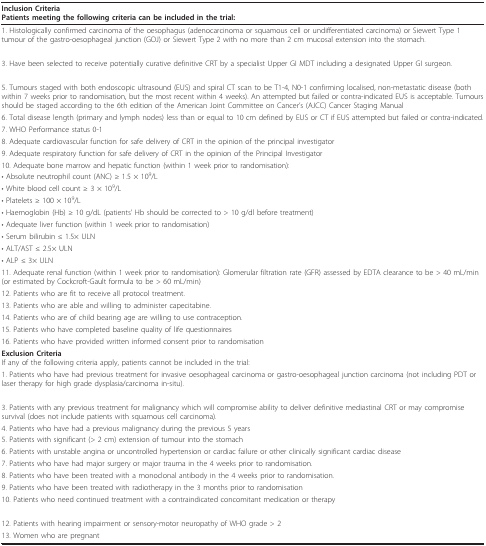
<table><thead><tr><td><b>Inclusion CriteriaPatients meeting the following criteria can be included in the trial:</b></td></tr></thead><tbody><tr><td>1. Histologically confirmed carcinoma of the oesophagus (adenocarcinoma or squamous cell or undifferentiated carcinoma) or Siewert Type 1 tumour of the gastro-oesophageal junction (GOJ) or Siewert Type 2 with no more than 2 cm mucosal extension into the stomach.</td></tr><tr><td>[EMPTY_CELL]</td></tr><tr><td>3. Have been selected to receive potentially curative definitive CRT by a specialist Upper GI MDT including a designated Upper GI surgeon.</td></tr><tr><td>[EMPTY_CELL]</td></tr><tr><td>5. Tumours staged with both endoscopic ultrasound (EUS) and spiral CT scan to be T1-4, N0-1 confirming localised, non-metastatic disease (both within 7 weeks prior to randomisation, but the most recent within 4 weeks). An attempted but failed or contra-indicated EUS is acceptable. Tumours should be staged according to the 6th edition of the American Joint Committee on Cancer's (AJCC) Cancer Staging Manual</td></tr><tr><td>6. Total disease length (primary and lymph nodes) less than or equal to 10 cm defined by EUS or CT if EUS attempted but failed or contra-indicated.</td></tr><tr><td>7. WHO Performance status 0-1</td></tr><tr><td>8. Adequate cardiovascular function for safe delivery of CRT in the opinion of the principal investigator</td></tr><tr><td>9. Adequate respiratory function for safe delivery of CRT in the opinion of the Principal Investigator</td></tr><tr><td>10. Adequate bone marrow and hepatic function (within 1 week prior to randomisation):</td></tr><tr><td>• Absolute neutrophil count (ANC) ≥ 1.5 × 10<sup>9</sup>/L</td></tr><tr><td>• White blood cell count ≥ 3 × 10<sup>9</sup>/L</td></tr><tr><td>• Platelets ≥ 100 × 10<sup>9</sup>/L</td></tr><tr><td>• Haemoglobin (Hb) ≥ 10 g/dL (patients' Hb should be corrected to &gt; 10 g/dl before treatment)</td></tr><tr><td>• Adequate liver function (within 1 week prior to randomisation)</td></tr><tr><td>• Serum bilirubin ≤ 1.5× ULN</td></tr><tr><td>• ALT/AST ≤ 2.5× ULN</td></tr><tr><td>• ALP ≤ 3× ULN</td></tr><tr><td>11. Adequate renal function (within 1 week prior to randomisation): Glomerular filtration rate (GFR) assessed by EDTA clearance to be &gt; 40 mL/min (or estimated by Cockcroft-Gault formula to be &gt; 60 mL/min)</td></tr><tr><td>12. Patients who are fit to receive all protocol treatment.</td></tr><tr><td>13. Patients who are able and willing to administer capecitabine.</td></tr><tr><td>14. Patients who are of child bearing age are willing to use contraception.</td></tr><tr><td>15. Patients who have completed baseline quality of life questionnaires</td></tr><tr><td>16. Patients who have provided written informed consent prior to randomisation</td></tr><tr><td><b>Exclusion Criteria</b>If any of the following criteria apply, patients cannot be included in the trial:</td></tr><tr><td>1. Patients who have had previous treatment for invasive oesophageal carcinoma or gastro-oesophageal junction carcinoma (not including PDT or laser therapy for high grade dysplasia/carcinoma in-situ).</td></tr><tr><td>[EMPTY_CELL]</td></tr><tr><td>3. Patients with any previous treatment for malignancy which will compromise ability to deliver definitive mediastinal CRT or may compromise survival (does not include patients with squamous cell carcinoma).</td></tr><tr><td>4. Patients who have had a previous malignancy during the previous 5 years</td></tr><tr><td>5. Patients with significant (&gt; 2 cm) extension of tumour into the stomach</td></tr><tr><td>6. Patients with unstable angina or uncontrolled hypertension or cardiac failure or other clinically significant cardiac disease</td></tr><tr><td>7. Patients who have had major surgery or major trauma in the 4 weeks prior to randomisation.</td></tr><tr><td>8. Patients who have been treated with a monoclonal antibody in the 4 weeks prior to randomisation.</td></tr><tr><td>9. Patients who have been treated with radiotherapy in the 3 months prior to randomisation</td></tr><tr><td>10. Patients who need continued treatment with a contraindicated concomitant medication or therapy</td></tr><tr><td>[EMPTY_CELL]</td></tr><tr><td>12. Patients with hearing impairment or sensory-motor neuropathy of WHO grade &gt; 2</td></tr><tr><td>13. Women who are pregnant</td></tr></tbody></table>